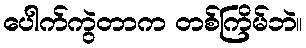
ပေါက်ကွဲတာက တစ်ကြိမ်ဘဲ။